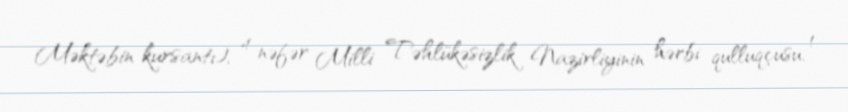
Məktəbin kursantı), 4 nəfər Milli Təhlükəsizlik Nazirliyinin hərbi qulluqçusu, 1